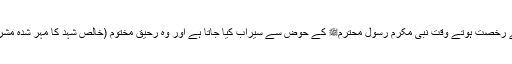
٭ دنیا سے رخصت ہوتے وقت نبیِ مکرم رسولِ محترمﷺ کے حوض سے سیراب کیا جاتا ہے اور وہ رحیقِ مختوم (خالص شہد کا مہر شدہ مشروب )ہے۔